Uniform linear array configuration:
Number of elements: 8
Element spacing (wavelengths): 0.5
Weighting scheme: exponential
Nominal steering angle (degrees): -45
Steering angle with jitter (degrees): -43.049
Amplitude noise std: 0.05
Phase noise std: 0.05

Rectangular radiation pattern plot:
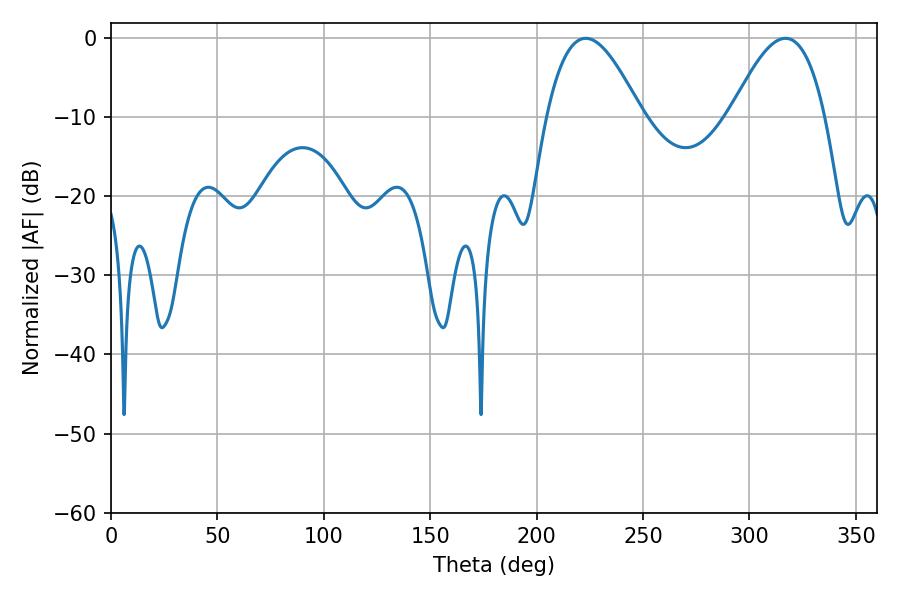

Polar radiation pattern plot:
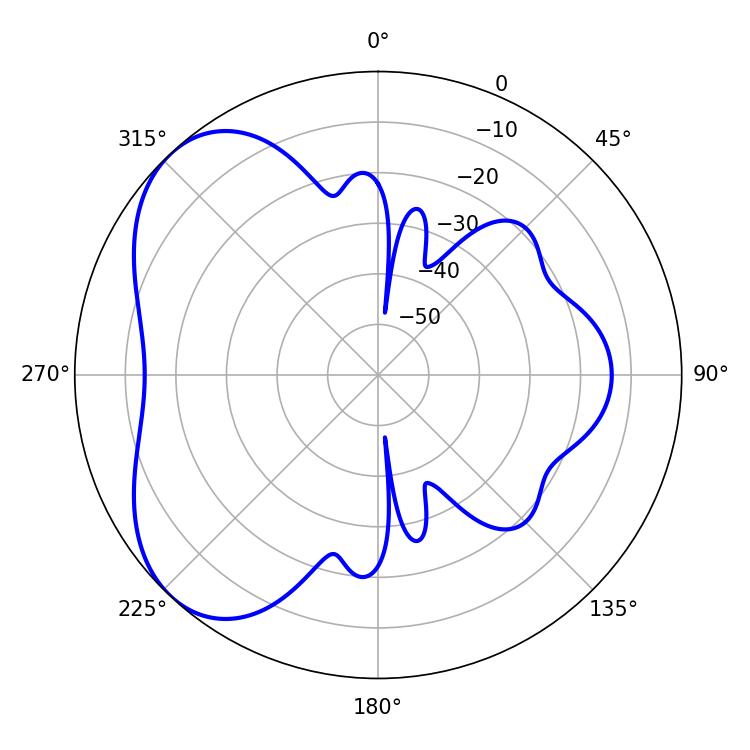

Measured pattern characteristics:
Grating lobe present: FALSE
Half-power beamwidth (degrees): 24.3
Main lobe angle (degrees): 223.02